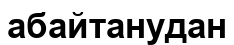
абайтанудан